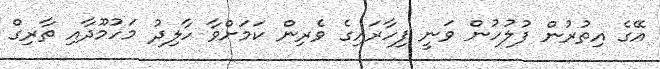
އޭގެ އިތުރުން ފުލުހުން ވަނީ ފިހާރައިގެ ވެރިން ކަމަށްވާ ހާލިދު މަހުމޫދާއި ތާރިގް